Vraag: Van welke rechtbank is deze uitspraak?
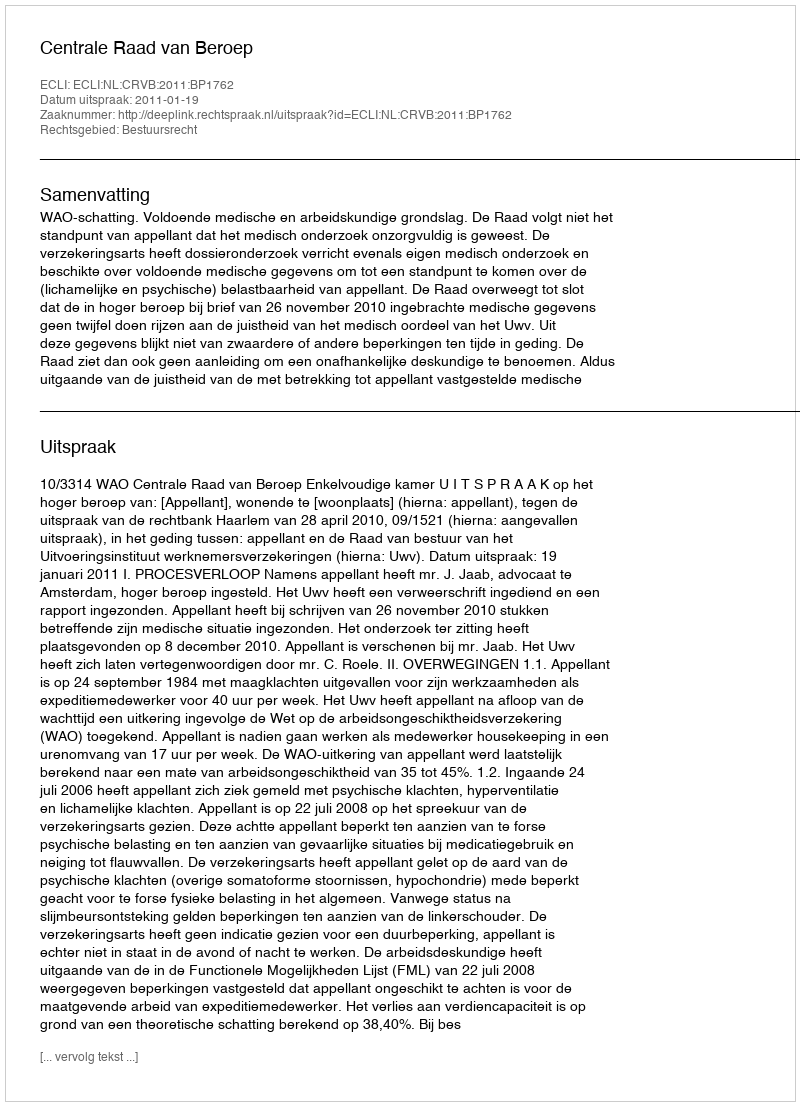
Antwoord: Centrale Raad van Beroep